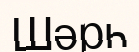
Шәрһ